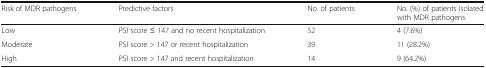
<table><thead><tr><td><b>Risk of MDR pathogens</b></td><td><b>Predictive factors</b></td><td><b>No. of patients</b></td><td><b>No. (%) of patients isolated with MDR pathogens</b></td></tr></thead><tbody><tr><td>Low</td><td>PSI score ≤ 147 and no recent hospitalization</td><td>52</td><td>4 (7.6%)</td></tr><tr><td>Moderate</td><td>PSI score &gt; 147 or recent hospitalization</td><td>39</td><td>11 (28.2%)</td></tr><tr><td>High</td><td>PSI score &gt; 147 and recent hospitalization</td><td>14</td><td>9 (64.2%)</td></tr></tbody></table>